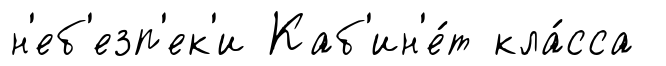
н'еб'езп'ек'и Каб'ин'е́т кла́сса